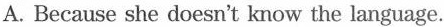
A.Because she doesn't know the language.